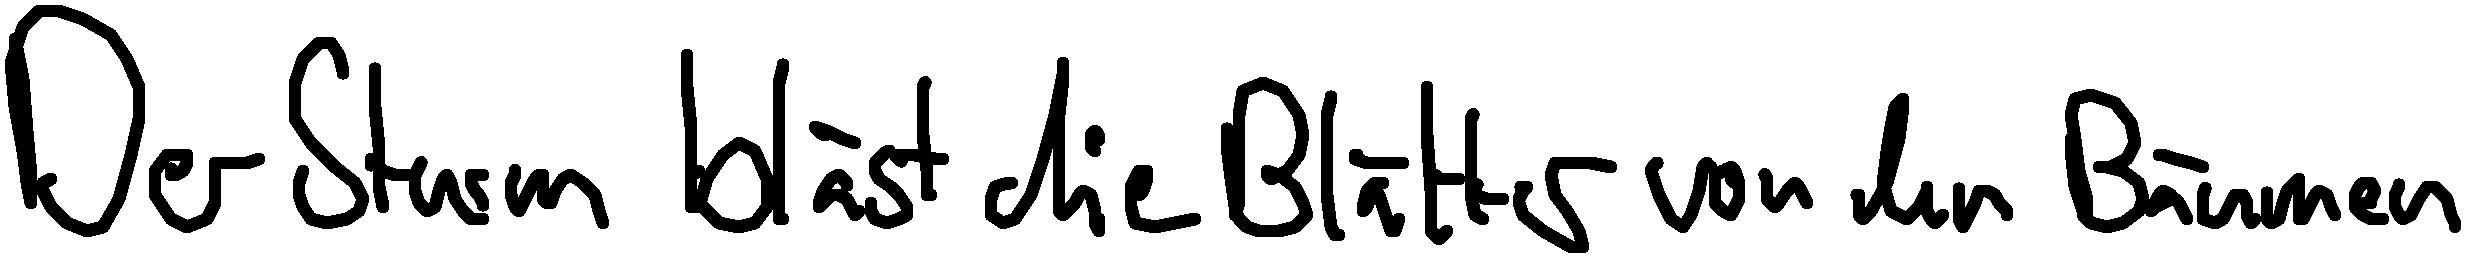
Der Sturm bläst die Blätter von den Bäumen.